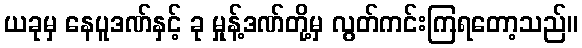
ယခုမှ နေပူဒဏ်နှင့် ခု မှုန့်ဒဏ်တို့မှ လွတ်ကင်းကြရတော့သည်။